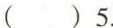
( )5.